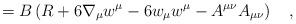
LaTeX: \begin{align*}=B\left(R+6\nabla_\mu w^\mu-6w_\mu w^\mu-A^{\mu\nu}A_{\mu\nu}\right)~~~,\end{align*}